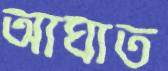
আঘাত